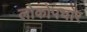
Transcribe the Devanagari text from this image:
लोकोपचार